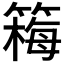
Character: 𫂚